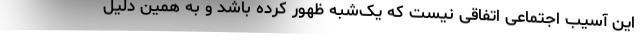
این آسیب اجتماعی اتفاقی نیست که یک‌شبه ظهور کرده باشد و به همین دلیل